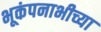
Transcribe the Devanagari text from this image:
भूकंपनाभीच्या